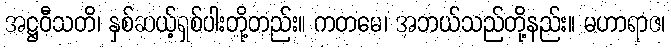
အဋ္ဌဝီသတိ၊ နှစ်ဆယ့်ရှစ်ပါးတို့တည်း။ ကတမေ၊ အဘယ်သည်တို့နည်း။ မဟာရာဇ၊